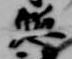
惣